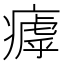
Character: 𤹣